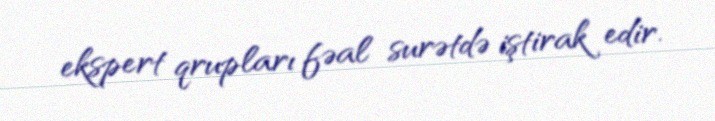
ekspert qrupları fəal surətdə iştirak edir.